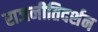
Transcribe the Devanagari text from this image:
राजनीतिदर्शन